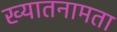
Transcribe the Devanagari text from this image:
ख्यातनामता